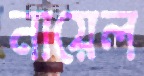
নায়েল